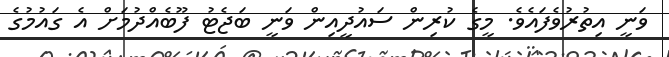
ވަނީ އިތުރުވެފައެވެ. މީގެ ކުރިން ސައުދީއިން ވަނީ ބަޖެޓު ފޫބެއްދުމަށް އެ ގައުމުގެ